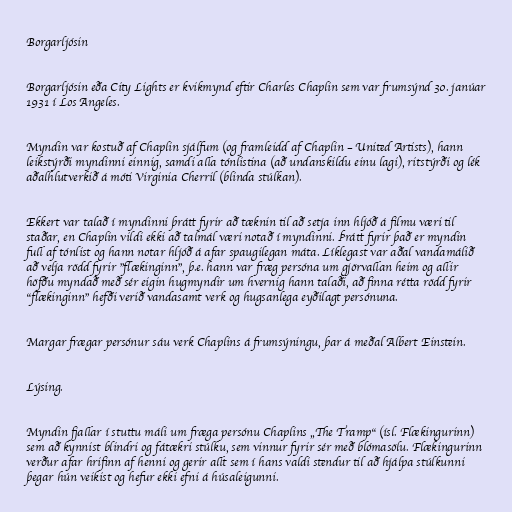
Borgarljósin

Borgarljósin eða City Lights er kvikmynd eftir Charles Chaplin sem var frumsýnd 30. janúar
1931 í Los Angeles.

Myndin var kostuð af Chaplin sjálfum (og framleidd af Chaplin – United Artists), hann
leikstýrði myndinni einnig, samdi alla tónlistina (að undanskildu einu lagi), ritstýrði og lék
aðalhlutverkið á móti Virginia Cherril (blinda stúlkan).

Ekkert var talað í myndinni þrátt fyrir að tæknin til að setja inn hljóð á filmu væri til
staðar, en Chaplin vildi ekki að talmál væri notað í myndinni. Þrátt fyrir það er myndin
full af tónlist og hann notar hljóð á afar spaugilegan máta. Líklegast var aðal vandamálið
að velja rödd fyrir "flækinginn", þ.e. hann var fræg persóna um gjörvallan heim og allir
höfðu myndað með sér eigin hugmyndir um hvernig hann talaði, að finna rétta rödd fyrir
"flækinginn" hefði verið vandasamt verk og hugsanlega eyðilagt persónuna.

Margar frægar persónur sáu verk Chaplins á frumsýningu, þar á meðal Albert Einstein.

Lýsing.

Myndin fjallar í stuttu máli um fræga persónu Chaplins „The Tramp“ (ísl. Flækingurinn)
sem að kynnist blindri og fátækri stúlku, sem vinnur fyrir sér með blómasölu. Flækingurinn
verður afar hrifinn af henni og gerir allt sem í hans valdi stendur til að hjálpa stúlkunni
þegar hún veikist og hefur ekki efni á húsaleigunni.